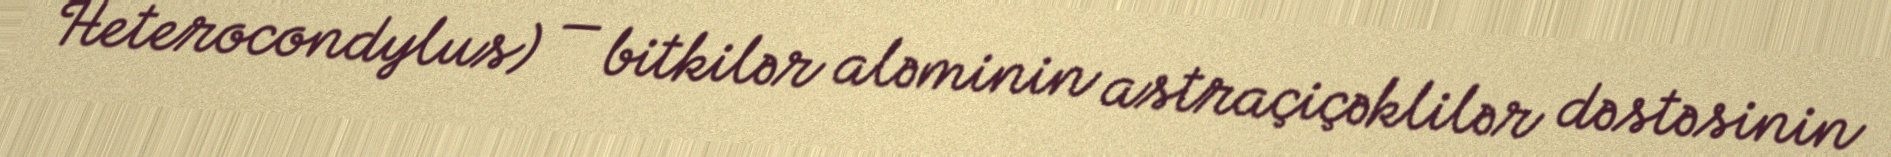
Heterocondylus) — bitkilər aləminin astraçiçəklilər dəstəsinin